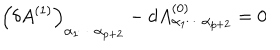
\left( \delta A ^ { ( 1 ) } \right) _ { \alpha _ { 1 } \cdots \alpha _ { p + 2 } } - d A _ { \alpha _ { 1 } \cdots \alpha _ { p + 2 } } ^ { ( 0 ) } = 0